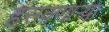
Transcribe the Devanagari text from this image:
हसवणाऱ्या